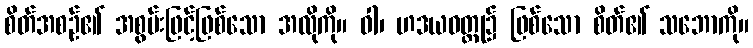
စိတ်အစဉ်၏ အစွမ်းဖြင့်ဖြစ်သော အလိုကို။ ဝါ၊ ဟဒယဝတ္ထု၌ ဖြစ်သော စိတ်၏ သဘောကို။